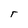
Character: T